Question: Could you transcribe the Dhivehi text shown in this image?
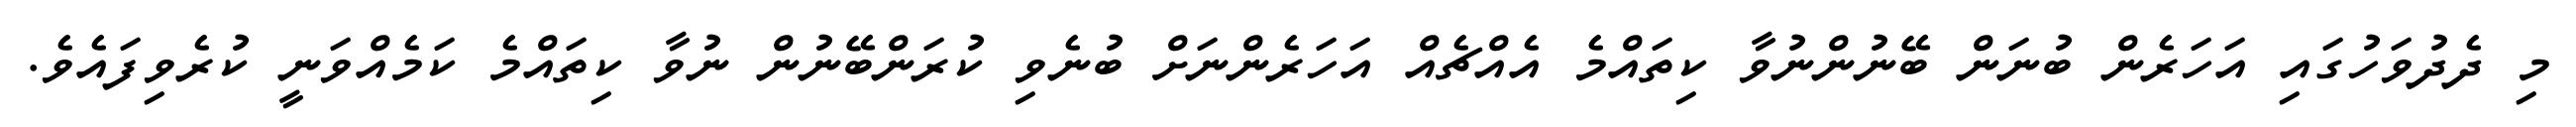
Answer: މި ދެދުވަހުގައި އަހަރެން ބުނަން ބޭނުންނުވާ ކިތައްމެ އެއްޗެއް އަހަރެންނަށް ބުނެވި ކުރަންބޭނުން ނުވާ ކިތައްމެ ކަމެއްވަނީ ކުރެވިފައެވެ.